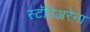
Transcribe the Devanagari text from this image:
स्टॅडिअरेना